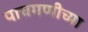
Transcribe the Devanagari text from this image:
पाचगणीच्या